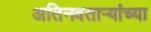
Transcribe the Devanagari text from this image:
अतिनवताऱ्यांच्या